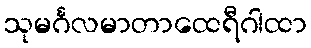
သုမင်္ဂလမာတာထေရီဂါထာ